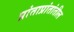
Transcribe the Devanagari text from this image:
प्रांताप्रांतांतील